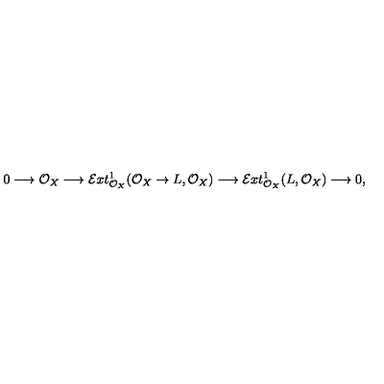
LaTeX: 0 \longrightarrow \mathcal { O } _ { X } \longrightarrow \mathcal { E } x t _ { \mathcal { O } _ { X } } ^ { 1 } ( \mathcal { O } _ { X } \to L , \mathcal { O } _ { X } ) \longrightarrow \mathcal { E } x t _ { \mathcal { O } _ { X } } ^ { 1 } ( L , \mathcal { O } _ { X } ) \longrightarrow 0 ,